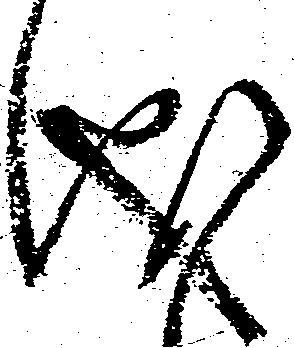
儀